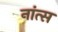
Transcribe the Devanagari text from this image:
नांत्स